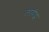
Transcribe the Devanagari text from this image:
लायीट्स